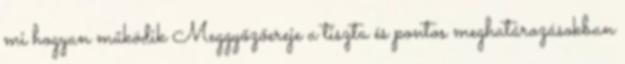
mi hogyan működik Meggyőzőereje a tiszta és pontos meghatározásokban